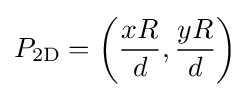
P_{\mathrm {2D} }=\left({\frac {xR}{d}},{\frac {yR}{d}}\right)